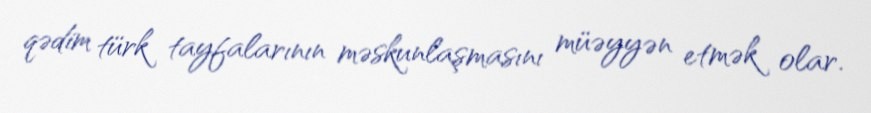
qədim türk tayfalarının məskunlaşmasını müəyyən etmək olar.